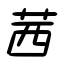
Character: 茜